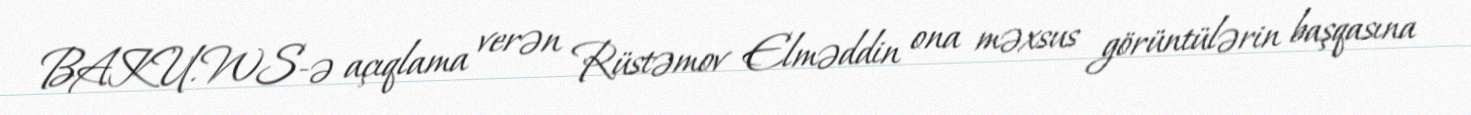
BAKU.WS-ə açıqlama verən Rüstəmov Elməddin ona məxsus görüntülərin başqasına